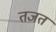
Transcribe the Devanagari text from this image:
तजत